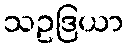
သဥဒြယာ